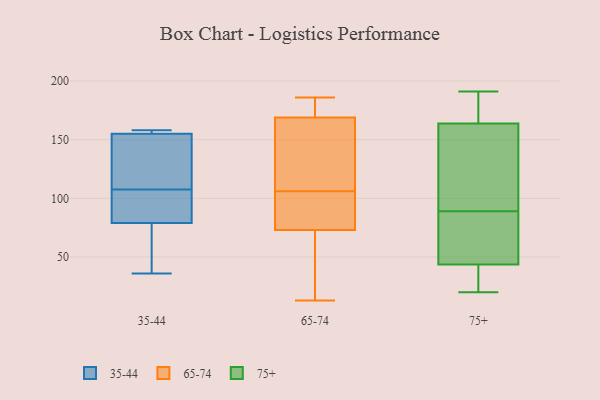
{"axis": {"x": "Bounce Rate (%)", "y": "Value"}, "legend": ["35-44", "65-74", "75+"], "data": [{"x": "", "y": 90, "type": "35-44"}, {"x": "", "y": 125, "type": "35-44"}, {"x": "", "y": 153, "type": "35-44"}, {"x": "", "y": 39, "type": "35-44"}, {"x": "", "y": 79, "type": "35-44"}, {"x": "", "y": 155, "type": "35-44"}, {"x": "", "y": 90, "type": "35-44"}, {"x": "", "y": 157, "type": "35-44"}, {"x": "", "y": 36, "type": "35-44"}, {"x": "", "y": 158, "type": "35-44"}, {"x": "", "y": 100, "type": "65-74"}, {"x": "", "y": 73, "type": "65-74"}, {"x": "", "y": 118, "type": "65-74"}, {"x": "", "y": 169, "type": "65-74"}, {"x": "", "y": 38, "type": "65-74"}, {"x": "", "y": 87, "type": "65-74"}, {"x": "", "y": 104, "type": "65-74"}, {"x": "", "y": 13, "type": "65-74"}, {"x": "", "y": 181, "type": "65-74"}, {"x": "", "y": 168, "type": "65-74"}, {"x": "", "y": 71, "type": "65-74"}, {"x": "", "y": 186, "type": "65-74"}, {"x": "", "y": 108, "type": "65-74"}, {"x": "", "y": 171, "type": "65-74"}, {"x": "", "y": 20, "type": "75+"}, {"x": "", "y": 42, "type": "75+"}, {"x": "", "y": 78, "type": "75+"}, {"x": "", "y": 62, "type": "75+"}, {"x": "", "y": 21, "type": "75+"}, {"x": "", "y": 48, "type": "75+"}, {"x": "", "y": 113, "type": "75+"}, {"x": "", "y": 89, "type": "75+"}, {"x": "", "y": 175, "type": "75+"}, {"x": "", "y": 191, "type": "75+"}, {"x": "", "y": 188, "type": "75+"}, {"x": "", "y": 130, "type": "75+"}, {"x": "", "y": 26, "type": "75+"}, {"x": "", "y": 100, "type": "75+"}, {"x": "", "y": 176, "type": "75+"}]}